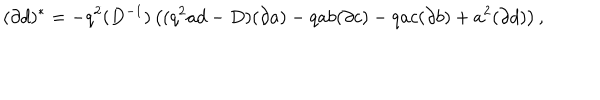
( \partial d ) ^ { * } = - q ^ { 2 } ( D ^ { - 1 } ) \left( ( q ^ { 2 } a d - D ) ( \partial a ) - q a b ( \partial c ) - q a c ( \partial b ) + a ^ { 2 } ( \partial d ) \right) ,